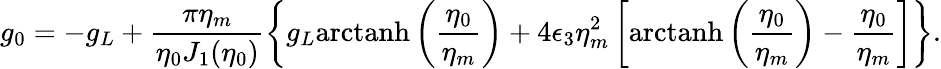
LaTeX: g_{0}=-g_{L}+\frac{\pi\eta_{m}}{\eta_{0}J_{1}(\eta_{0})}\left\{ g_{L}\mathrm{arctanh}\left(\frac{\eta_{0}}{\eta_{m}}\right)+4\epsilon_{3}\eta_{m}^{2}\left[\mathrm{arctanh}\left(\frac{\eta_{0}}{\eta_{m}}\right)-\frac{\eta_{0}}{\eta_{m}}\right]\right\} .